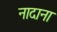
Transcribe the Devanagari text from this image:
नादाना